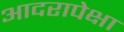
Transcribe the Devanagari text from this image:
आदरापेक्षा